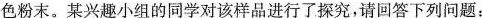
色粉末。某兴趣小组的同学对该样品进行了探究，请回答下列问题：